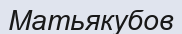
Матьякубов